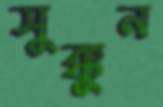
সুক্কুন